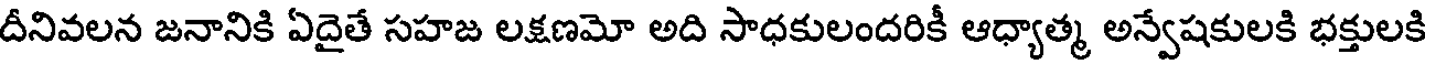
దీనివలన జనానికి ఏదైతే సహజ లక్షణమో అది సాధకులందరికీ ఆధ్యాత్మ అన్వేషకులకి భక్తులకి